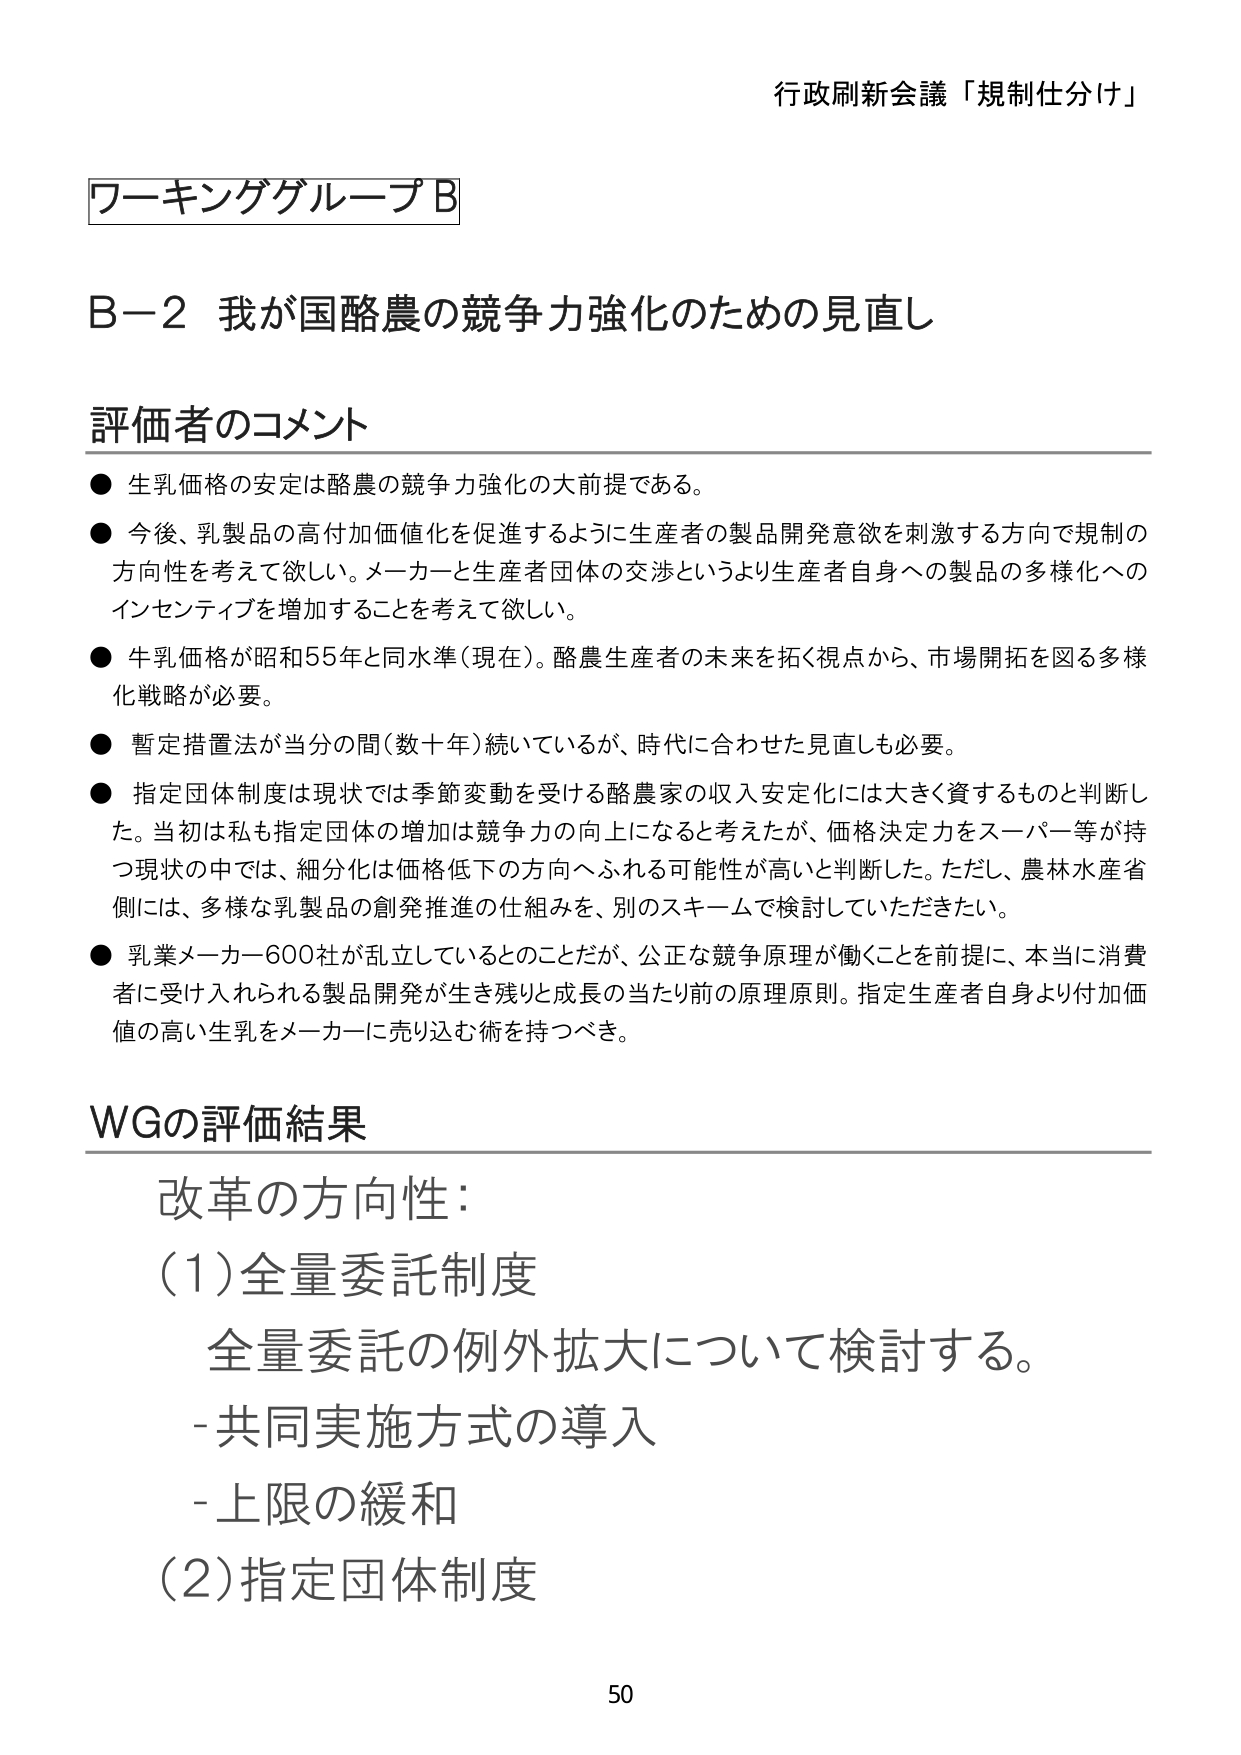
行政刷新会議「規制仕分け」

ワーキンググループB

B-2 我が国酪農の競争力強化のための見直し

評価者のコメント
● 生乳価格の安定は酪農の競争力強化の大前提である。
● 今後、乳製品の高付加価値化を促進するように生産者の製品開発意欲を刺激する方向で規制の
方向性を考えて欲しい。メーカーと生産者団体の交渉というより生産者自身への製品の多様化への
インセンティブを増加することを考えて欲しい。
● 牛乳価格が昭和55年と同水準（現在）。酪農生産者の未来を拓く視点から、市場開拓を図る多様
化戦略が必要。
● 暫定措置法が当分の間（数十年）続いているが、時代に合わせた見直しも必要。
● 指定団体制度は現状では季節変動を受ける酪農家の収入安定化には大きく資するものと判断し
た。当初は私も指定団体の増加は競争力の向上になると考えたが、価格決定力をスーパー等が持
つ現状の中では、細分化は価格低下の方向へふれる可能性が高いと判断した。ただし、農林水産省
側には、多様な乳製品の創発推進の仕組みを、別のスキームで検討していただきたい。
● 乳業メーカー600社が乱立しているとのことだが、公正な競争原理が働くことを前提に、本当に消費
者に受け入れられる製品開発が生き残りと成長の当たり前の原理原則。指定生産者自身より付加価
値の高い生乳をメーカーに売り込む術を持つべき。

WGの評価結果
改革の方向性：
(1)全量委託制度
　全量委託の例外拡大について検討する。
　- 共同実施方式の導入
　- 上限の緩和
(2)指定団体制度

50